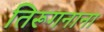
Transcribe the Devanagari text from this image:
तिरूगनाना